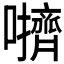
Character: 𫬬